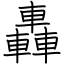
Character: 轟